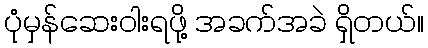
ပုံမှန်ဆေးဝါးရဖို့ အခက်အခဲ ရှိတယ်။